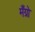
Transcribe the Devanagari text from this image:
मँग्रो